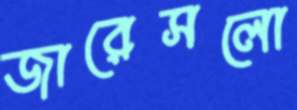
জারেসলো